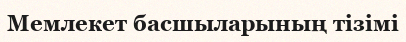
Мемлекет басшыларының тізімі